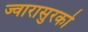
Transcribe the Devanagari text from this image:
ज्वारासुरको